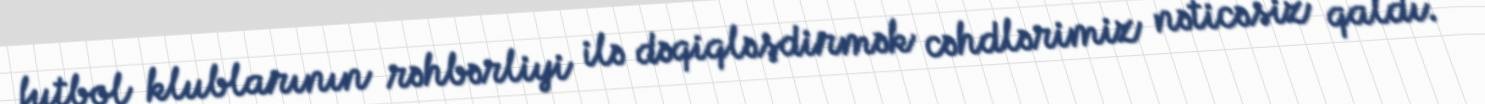
futbol klublarının rəhbərliyi ilə dəqiqləşdirmək cəhdlərimiz nəticəsiz qaldı.